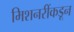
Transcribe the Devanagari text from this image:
मिशनरींकडून